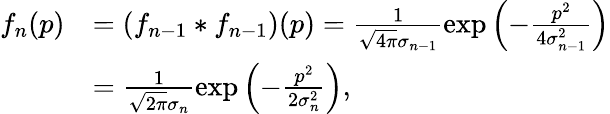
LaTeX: \begin{array}{rl}{f_{n}(p)}&{=(f_{n-1}*f_{n-1})(p)=\frac{1}{\sqrt{4\pi}\sigma_{n-1}}\exp\left(-\frac{p^{2}}{4\sigma_{n-1}^{2}}\right)}\\ &{=\frac{1}{\sqrt{2\pi}\sigma_{n}}\exp\left(-\frac{p^{2}}{2\sigma_{n}^{2}}\right),}\end{array}